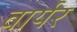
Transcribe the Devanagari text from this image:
वार्यर